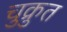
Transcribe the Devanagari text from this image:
चुक्रुत